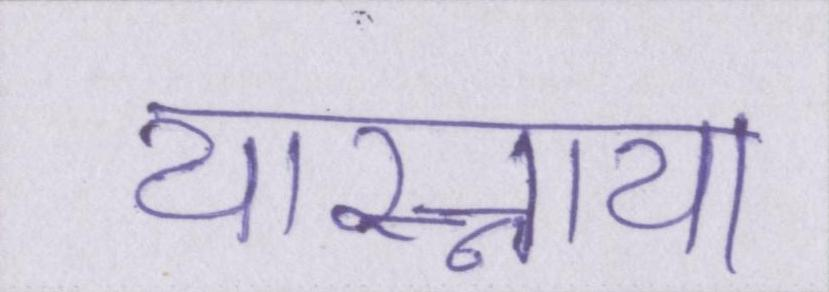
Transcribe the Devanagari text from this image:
यास्नाया